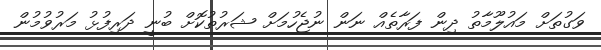
ވަގުތަށް މައުލޫމާތު ދިން ފަރާތެއް ނަން ނުޖެހުމަށް ޝަރުތުކޮށް ބުނީ ދަރިފުޅު މަރުވުމުން